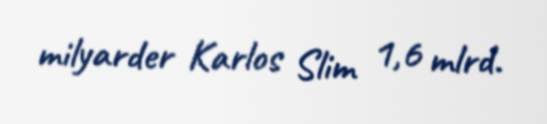
milyarder Karlos Slim 1,6 mlrd.